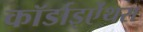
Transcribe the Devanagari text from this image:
कॉर्डाइऐंथस